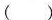
( )